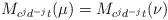
\begin{align*}M_{c^jd^{-j}t}(\mu)=M_{c^jd^{-j}t}(\nu)\quad\end{align*}